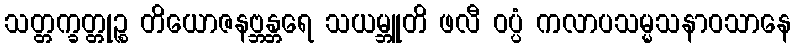
သတ္တက္ခတ္တုဉ္စ တိယောဇနဗ္ဘန္တရေ သယမ္ဘူတိ ဖလီ ဝပ္ပံ ကလာပသမ္မသနာဝသာနေ